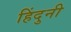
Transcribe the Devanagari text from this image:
हिंदुनी